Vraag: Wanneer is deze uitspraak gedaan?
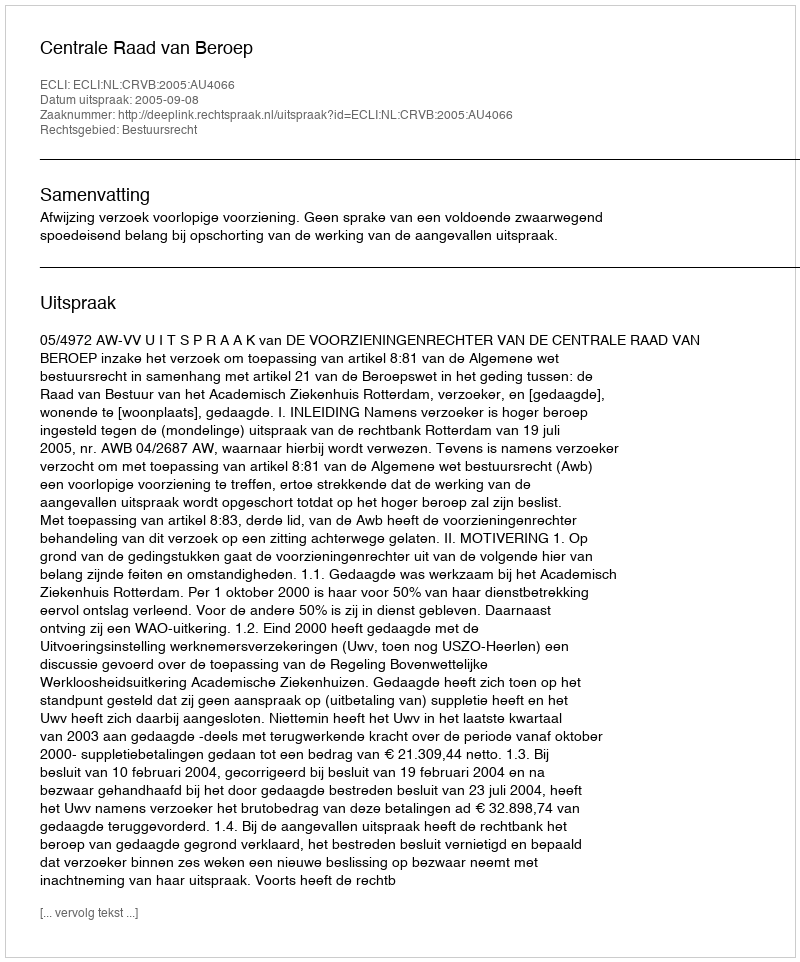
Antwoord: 2005-09-08